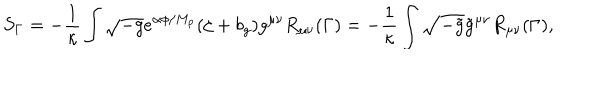
S _ { \Gamma } = - \frac { 1 } { \kappa } \int \sqrt { - g } e ^ { \alpha \phi / M _ { p } } ( \zeta + b _ { g } ) g ^ { \mu \nu } R _ { \mu \nu } ( \Gamma ) = - \frac { 1 } { \kappa } \int \sqrt { - \tilde { g } } \tilde { g } ^ { \mu \nu } R _ { \mu \nu } ( \Gamma ) ,